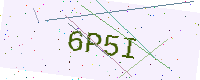
Text: 6P5I